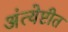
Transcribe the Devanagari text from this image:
अंत्येष्टीत